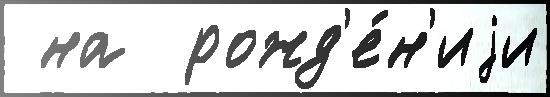
 на  рожд'е́н'иjи